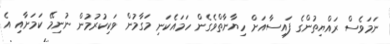
ނަމަވެސް ރައްޔިތުންގެ ފައިސާއަށް ހިޔާނާތްވެގެން ހަމައެކަނި މަގާމުން ވަކިކުރުމުން ނުނިމޭ ކަމަށާއި އެ